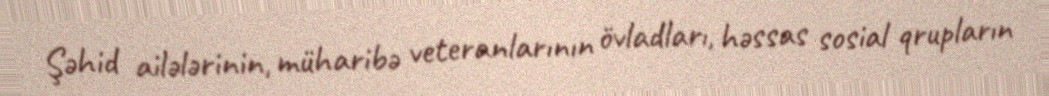
Şəhid ailələrinin, müharibə veteranlarının övladları, həssas sosial qrupların